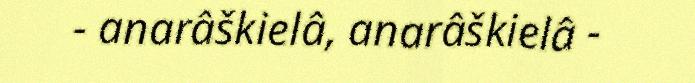
- anarâškielâ, anarâškielâ -